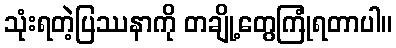
သုံးရတဲ့ပြဿနာကို တချို့တွေကြုံရတာပါ။